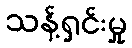
သန့်ရှင်းမှု